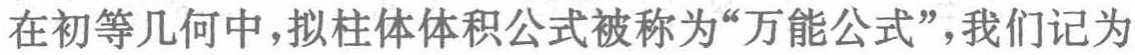
在初等几何中，拟柱体体积公式被称为“万能公式”，我们记为